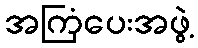
အကြံပေးအဖွဲ့